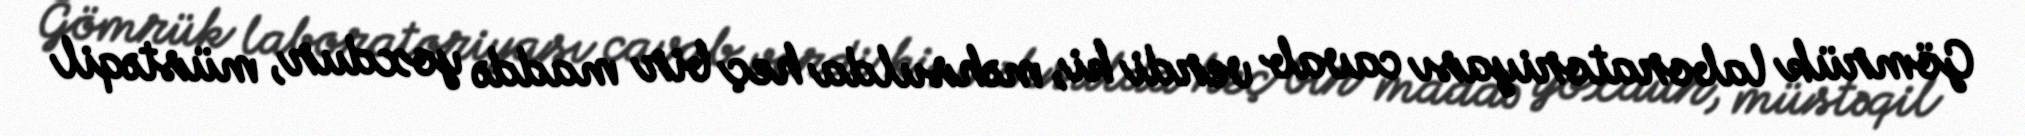
Gömrük laboratoriyası cavab verdi ki, məhsulda heç bir maddə yoxdur, müstəqil